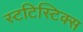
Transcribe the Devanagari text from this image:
स्टटिस्टिक्स